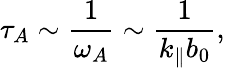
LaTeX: \tau_{A}\sim\frac{1}{\omega_{A}}\sim\frac{1}{k_{\parallel}b_{0}},